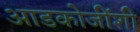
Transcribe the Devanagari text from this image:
आडकोजींशी